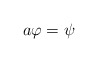
\begin{align*}a\varphi=\psi\end{align*}